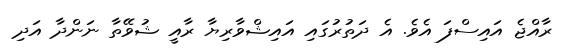
ރާއްޖެ އައިސްފަ އެވެ. އެ ދަތުރުގައި އައިޝްވާރިޔާ ރާއީ ޝުވޭތާ ނަންދާ އަދި